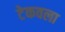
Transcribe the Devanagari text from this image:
टेकवला